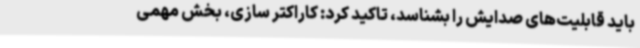
باید قابلیت‌های صدایش را بشناسد، تاکید کرد: کاراکتر سازی، بخش مهمی